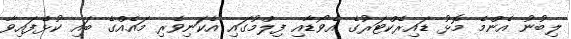
ލިބުނު އެންމެ މޮޅު ޑައިރެކްޓަރުގެ އެވޯޑާއި ފިލްމުގައި އެކަނިވެރި މައެއްގެ ބައި ކުޅެފައިވާ